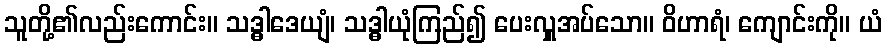
သူတို့၏လည်းကောင်း။ သဒ္ဓါဒေယျံ၊ သဒ္ဓါယုံကြည်၍ ပေးလှူအပ်သော။ ဝိဟာရံ၊ ကျောင်းကို။ ယံ